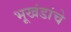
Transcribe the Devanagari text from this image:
भूखंडांचे